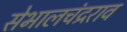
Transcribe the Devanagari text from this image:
सेभालचंद्रराव